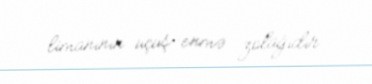
limanının uçuş-enmə zolağıdır.